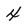
Character: 4